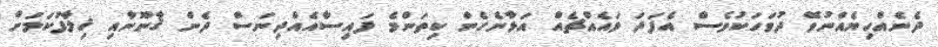
ދެނެއްހިޔެއްނުވޭ ދުވަހަކުވެސް އެފަދަ ޅައެއްޗެއް އަޅާނެހެން ކިތަންމެ ފައިސާއެއްދިނަސް ދެން ޤާނޫނާއި ޚިލާފުކަމަށް